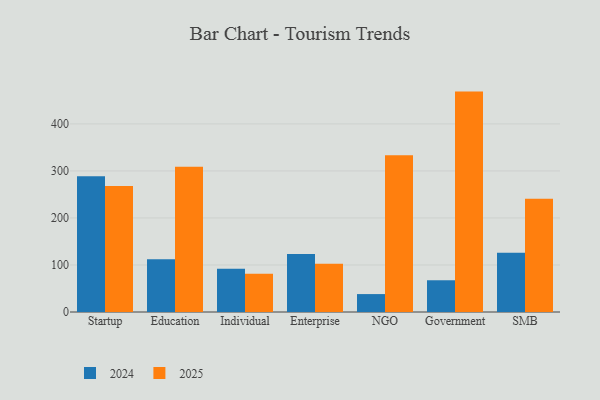
{"axis": {"x": "Segment", "y": "Tickets Resolved"}, "legend": ["2024", "2025"], "data": [{"x": "Startup", "y": 288.5, "type": "2024"}, {"x": "Startup", "y": 268.1, "type": "2025"}, {"x": "Education", "y": 112.1, "type": "2024"}, {"x": "Education", "y": 309.0, "type": "2025"}, {"x": "Individual", "y": 92.2, "type": "2024"}, {"x": "Individual", "y": 81.4, "type": "2025"}, {"x": "Enterprise", "y": 123.4, "type": "2024"}, {"x": "Enterprise", "y": 102.7, "type": "2025"}, {"x": "NGO", "y": 38.1, "type": "2024"}, {"x": "NGO", "y": 333.3, "type": "2025"}, {"x": "Government", "y": 67.5, "type": "2024"}, {"x": "Government", "y": 468.7, "type": "2025"}, {"x": "SMB", "y": 126.1, "type": "2024"}, {"x": "SMB", "y": 240.8, "type": "2025"}]}